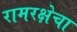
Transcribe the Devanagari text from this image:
रामरक्षेचा